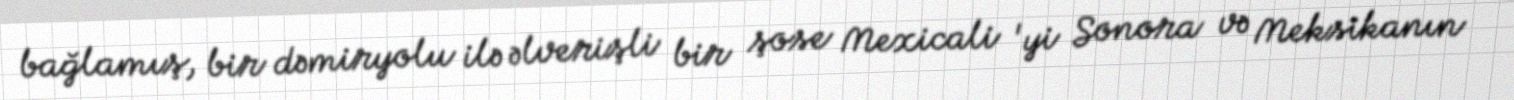
bağlamış, bir dəmiryolu ilə əlverişli bir şose Mexicali 'yi Sonora və Meksikanın